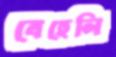
বেহেলি